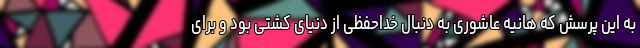
به این پرسش که هانیه عاشوری به دنبال خداحفظی از دنیای کشتی بود و برای